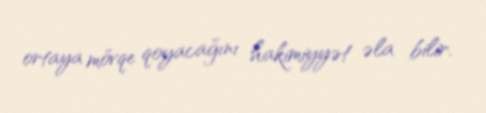
ortaya mövqe qoyacağını hakimiyyət əla bilir.